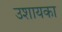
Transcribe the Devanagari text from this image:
उशायका